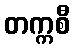
တက္ကစီ